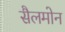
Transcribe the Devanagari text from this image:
सैलमोन